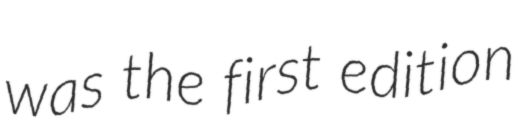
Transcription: was the first edition